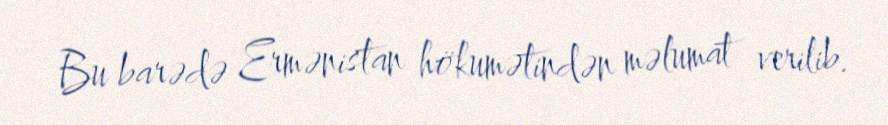
Bu barədə Ermənistan hökumətindən məlumat verilib.